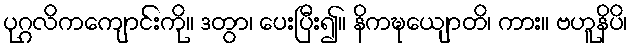
ပုဂ္ဂလိကကျောင်းကို။ ဒတွာ၊ ပေးပြီး၍။ နိကဍ္ဎေယျာတိ၊ ကား။ ဗဟူနိပိ၊